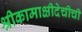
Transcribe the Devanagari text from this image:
श्रीकामाक्षीदेचीची